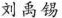
刘禹锡